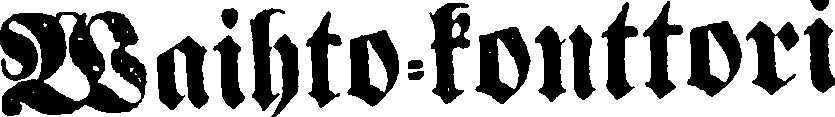
Waihto-konttori